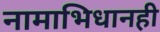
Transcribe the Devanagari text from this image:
नामाभिधानही